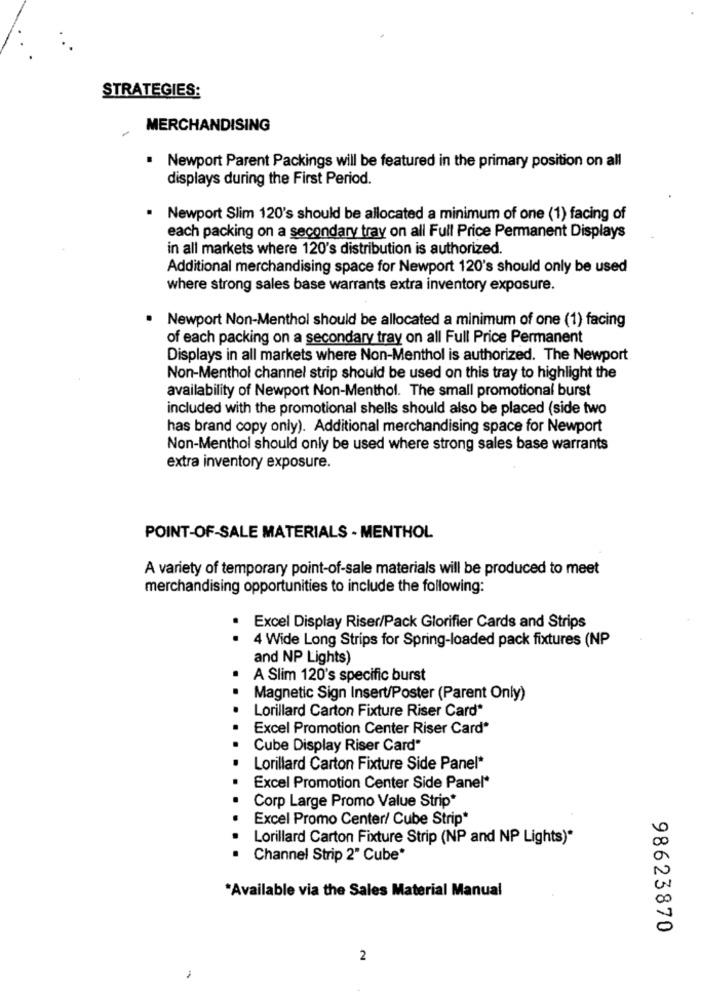
STRATEGIES:
MERCHANDISING
Newport Parent Packings will be featured in the primary position on all
displays during the First Period.
Newport Slim 120's should be allocated a minimum of one (1) facing of
each packing on a secondary tray on all Full Price Permanent Displays
in all markets where 120's distribution is authorized.
Additional merchandising space for Newport 120's should only be used
where strong sales base warrants extra inventory exposure.
Newport Non-Menthol should be allocated a minimum of one (1) facing
of each packing on a secondary tray on all Full Price Permanent
Displays in all markets where Non-Menthol is authorized. The Newport
Non-Menthol channel strip should be used on this tray to highlight the
availability of Newport Non-Menthol. The small promotional burst
included with the promotional shells should also be placed (side two
has brand copy only). Additional merchandising space for Newport
Non-Menthol should only be used where strong sales base warrants
extra inventory exposure.
POINT-OF-SALE MATERIALS - MENTHOL
A variety of temporary point-of-sale materials will be produced to meet
merchandising opportunities to include the following:
.
Excel Display Riser/Pack Glorifier Cards and Strips
4 Wide Long Strips for Spring-loaded pack fixtures (NP
and NP Lights)
.
A Slim 120's specific burst
Magnetic Sign Insert/Poster (Parent Only)
Lorillard Carton Fixture Riser Card*
Excel Promotion Center Riser Card*
Cube Display Riser Card"
Lorillard Carton Fixture Side Panel*
Excel Promotion Center Side Panel*
Corp Large Promo Value Strip*
Excel Promo Center/ Cube Strip*
Lorillard Carton Fixture Strip (NP and NP Lights)*
Channel Strip 2" Cube*
"Available via the Sales Material Manual
98623870
2